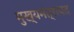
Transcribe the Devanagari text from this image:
मुख्यमंत्रापद